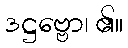
ဒဋ္ဌဗ္ဗော၊ ၏။